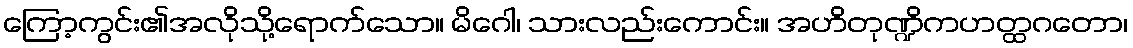
ကြော့ကွင်း၏အလိုသို့ရောက်သော။ မိဂေါ၊ သားလည်းကောင်း။ အဟိတုဏ္ဍိကဟတ္ထဂတော၊